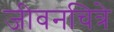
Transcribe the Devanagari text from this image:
जीवनचित्रे